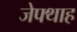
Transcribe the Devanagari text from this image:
जेफ्थाह